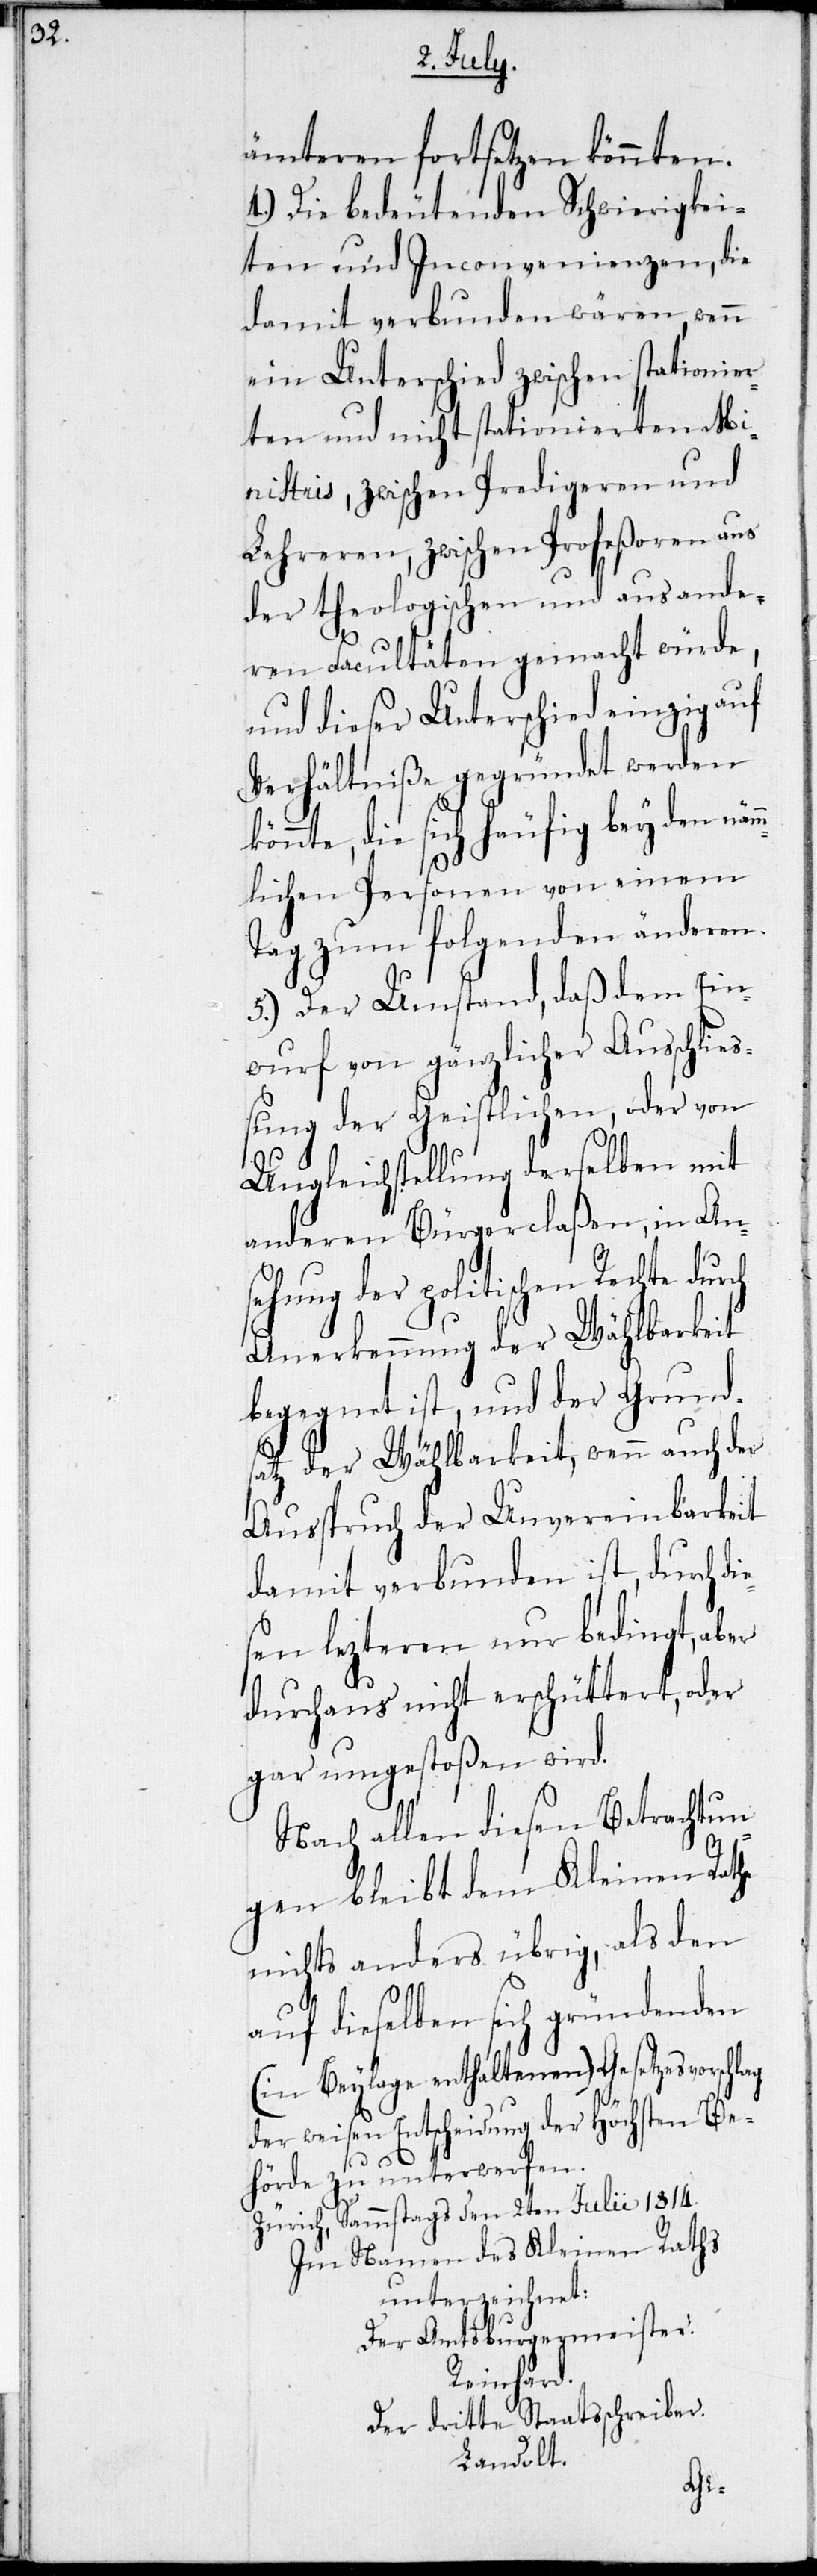
ämteren fortsetzen könnten.
4.) Die bedeutenden Schwierigkei¬
ten und Inconvenienzen, die
damit verbunden wären, wenn
ein Unterschied zwischen stationier¬
ten und nicht stationierten Mi¬
nistris, zwischen Predigeren und
Lehreren, zwischen Profeßoren aus
der theologischen und aus ande¬
ren Facultäten gemacht würde,
und dieser Unterschied einzig auf
Verhältniße gegründet werden
könnte, die sich heufig bey den nä¬
mlichen Personen von einem
Tag zum folgenden änderen.
5.) Der Umstand, daß dem Ein¬
wurf von gänzlicher Ausschlie¬
ßung der Geistlichen, der von
Ungleichstellung derselben mit
anderen Bürgerclaßen, in An¬
sehung der politischen Rechte durch
Anerkennung der Wählbarkeit
begegnet ist, und der Grund¬
auch der
satz der Wählbarkeit, wenn
Ausspruch der Unvereinbarkeit
damit verbunden ist, durch di¬
sen lezteren nur bedingt, aber
durchaus nicht erschüttert, oder
gar umgestoßen wird.
Nach allen diesen Betrachtun¬
gen bleibt dem Kleinen Rathe
nichts anders übrig, als den
auf dieselben sich gründenden
(in Beylage enthaltenen) Gesetzesvorschlag
der weisen Entscheidung der Höchsten Be¬
e¬
hörde zu unterwerfen.
Zürich, Sammstag den 2ten Julii 1814.
Im Namen des Kleinen Raths
unterzeichnet:
der Amtsburgermeister.
Reinhard.
Der dritte Staatsschreiber.
Landolt.